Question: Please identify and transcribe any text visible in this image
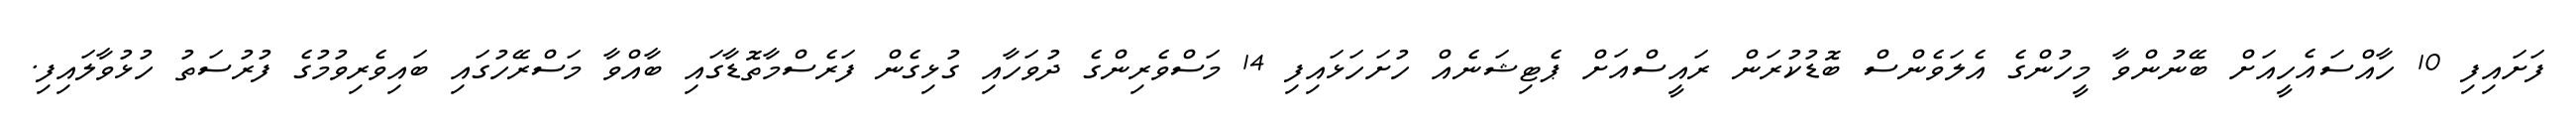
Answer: ފަށައިފި 10 ހާއްސައެހީއަށް ބޭނުންވާ މީހުންގެ އެލަވެންސް ބޮޑުކުރަން ރައީސްއަށް ޕެޓިޝަނެއް ހުށަހަޅައިފި 14 މަސްވެރިންގެ ދުވަހާއި ގުޅިގެން ފަރެސްމާތޮޑާގައި ބާއްވާ މަސްރޭހުގައި ބައިވެރިވުމުގެ ފުރުސަތު ހުޅުވާލައިފި.